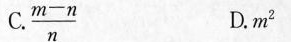
C. \frac{m-n}{n} D.m^{2}